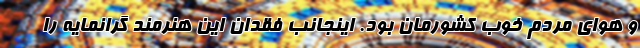
و هوای مردم خوب کشورمان بود. اینجانب فقدان این هنرمند گرانمایه را